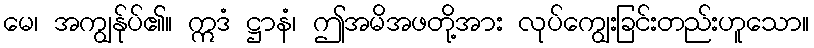
မေ၊ အကျွန်ုပ်၏။ ဣဒံ ဋ္ဌာနံ၊ ဤအမိအဖတို့အား လုပ်ကျွေးခြင်းတည်းဟူသော။